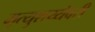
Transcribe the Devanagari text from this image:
मृत्युशय्येवरी